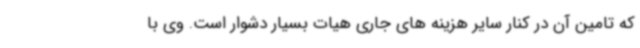
که تامین آن در کنار سایر هزینه های جاری هیات بسیار دشوار است. وی با